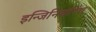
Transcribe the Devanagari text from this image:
इन्जिनियरिंग